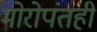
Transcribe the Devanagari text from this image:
मोरोपंतही